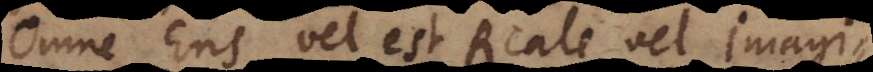
Omne Ens vel est Reale vel Imagi